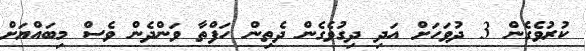
ކުރުވެގެން 3 ދުވަހަށް އަދި ދިގުވެގެން ދެތިން ހަފްތާ ވަންދެން ވެސް މިބައްޔަށް